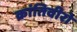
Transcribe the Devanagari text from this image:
क्रांतिवीरो